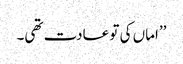
’’اماں کی تو عادت تھی۔